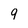
Character: 9